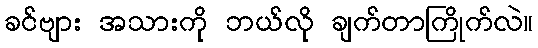
ခင်ဗျား အသားကို ဘယ်လို ချက်တာကြိုက်လဲ။